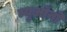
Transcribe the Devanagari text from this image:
म्युओंनो